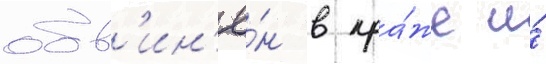
обв'ин'ё́н в кра́же и́